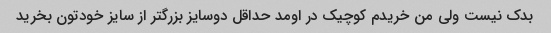
بدک نیست ولی من خریدم کوچیک در اومد حداقل دوسایز بزرگتر از سایز خودتون بخرید